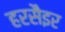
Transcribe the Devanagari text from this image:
हरसैइर